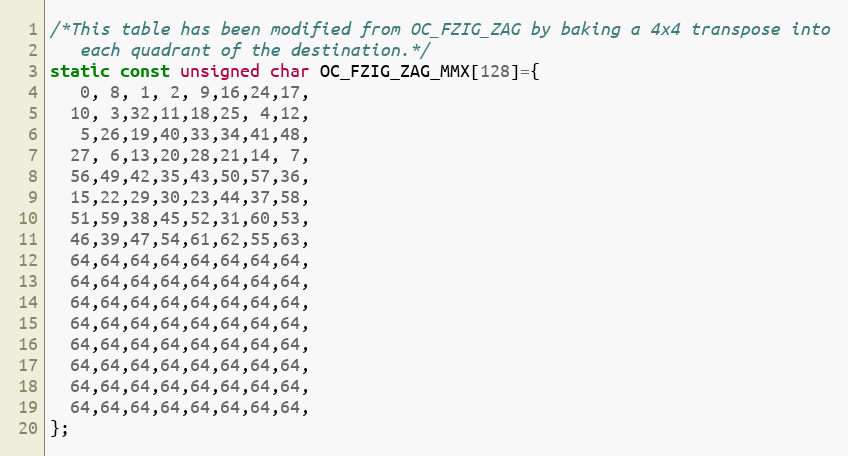
Language: C
/*This table has been modified from OC_FZIG_ZAG by baking a 4x4 transpose into
   each quadrant of the destination.*/
static const unsigned char OC_FZIG_ZAG_MMX[128]={
   0, 8, 1, 2, 9,16,24,17,
  10, 3,32,11,18,25, 4,12,
   5,26,19,40,33,34,41,48,
  27, 6,13,20,28,21,14, 7,
  56,49,42,35,43,50,57,36,
  15,22,29,30,23,44,37,58,
  51,59,38,45,52,31,60,53,
  46,39,47,54,61,62,55,63,
  64,64,64,64,64,64,64,64,
  64,64,64,64,64,64,64,64,
  64,64,64,64,64,64,64,64,
  64,64,64,64,64,64,64,64,
  64,64,64,64,64,64,64,64,
  64,64,64,64,64,64,64,64,
  64,64,64,64,64,64,64,64,
  64,64,64,64,64,64,64,64,
};